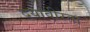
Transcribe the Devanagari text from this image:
दयावीरता